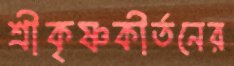
শ্রীকৃষ্ণকীর্তনের